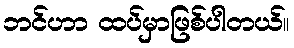
ဘင်ဟာ ထပ်မှာဖြစ်ပါတယ်။